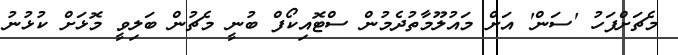
މެޗަށްފަހު 'ސަން' އަށް މައުލޫމާތުދެމުން ސްޓޮއިކޯފް ބުނީ މެޗުން ބަލިވީ މޮޅަށް ކުޅުނު